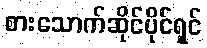
စားသောက်ဆိုင်ပိုင်ရှင်